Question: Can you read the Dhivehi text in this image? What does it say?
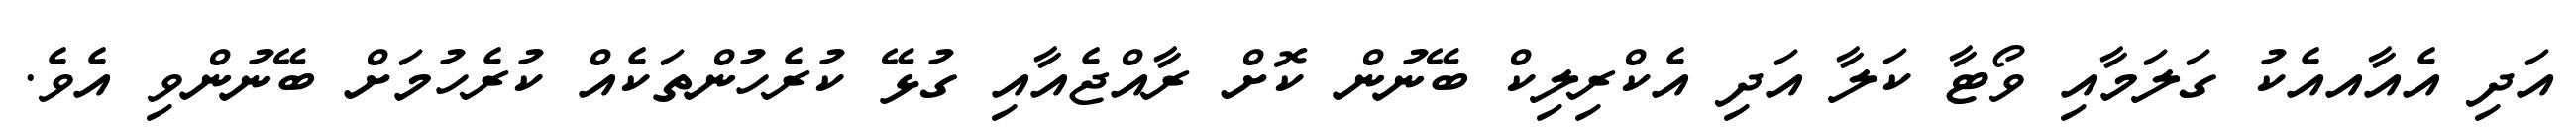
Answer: އަދި އެއާއއެކު ގަލަމާއި ވޯޓާ ކަލާ އަދި އެކްރިލިކް ބޭނުން ކޮށް ރާއްޖެއާއި ގުޅޭ ކުރެހުންތަކެއް ކުރެހުމަށް ބޭނުންވި އެވެ.